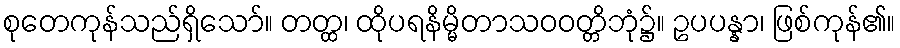
စုတေကုန်သည်ရှိသော်။ တတ္ထ၊ ထိုပရနိမ္မိတာသဝဝတ္တိဘုံ၌။ ဥပပန္နာ၊ ဖြစ်ကုန်၏။